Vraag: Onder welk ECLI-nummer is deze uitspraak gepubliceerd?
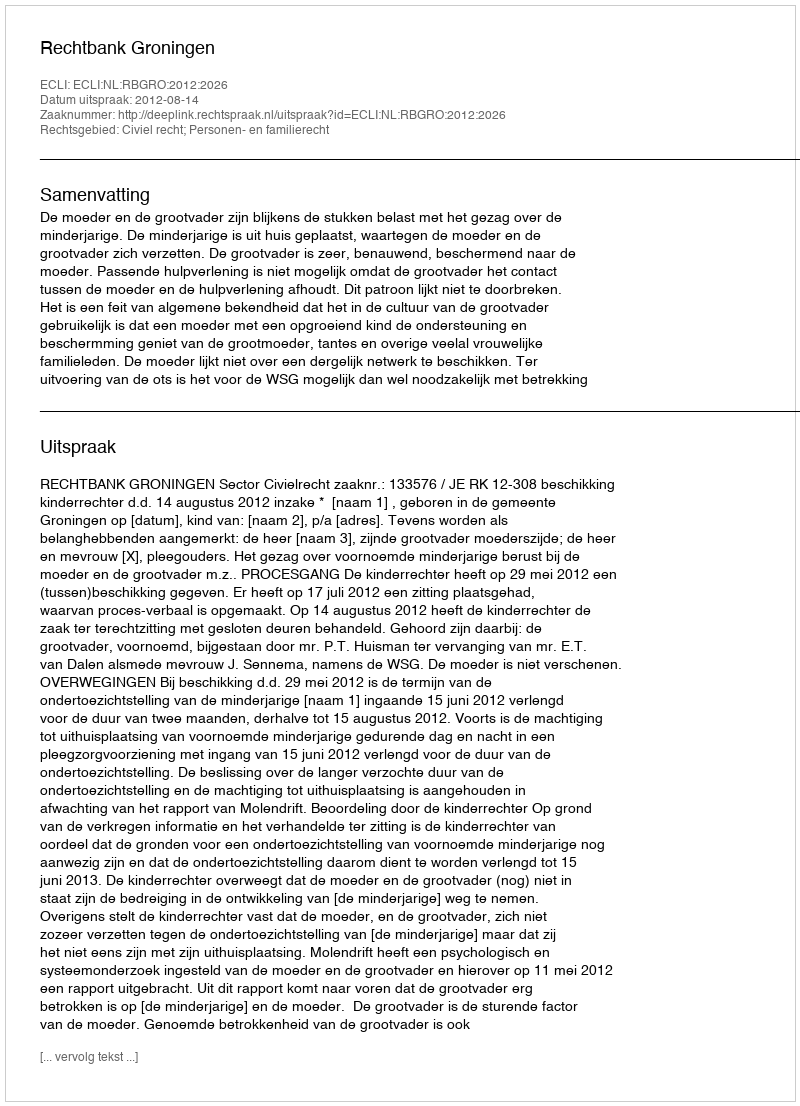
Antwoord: ECLI:NL:RBGRO:2012:2026